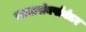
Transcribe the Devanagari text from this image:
सत्तासंघर्षानंतर